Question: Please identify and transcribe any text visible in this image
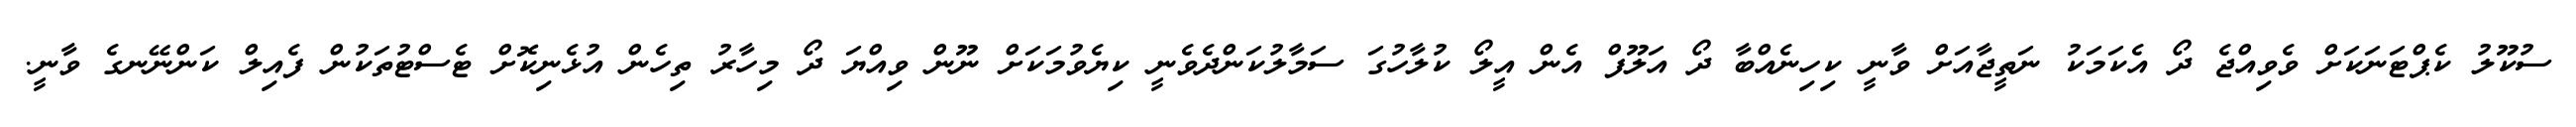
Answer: ސުކޫލު ކެޕްޓަނަކަށް ވެވިއްޖެ ދޯ އެކަމަކު ނަތީޖާއަށް ވާނީ ކިހިނެއްބާ ދޯ އަލޫފް އެން އީލޯ ކުލާހުގަ ސަމާލުކަންދެވެނީ ކިޔެވުމަކަށް ނޫން ވިއްޔަ ދޯ މިހާރު ތިހެން އުޅެނިކޮށް ޓެސްޓުތަކުން ފެއިލް ކަންނޭނގެ ވާނީ.